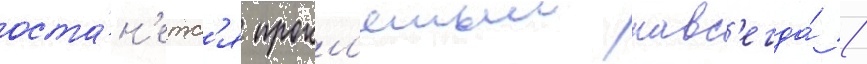
оста́н'етс'я прокл'ятым навс'егда́ /